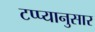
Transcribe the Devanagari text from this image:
टप्प्यानुसार